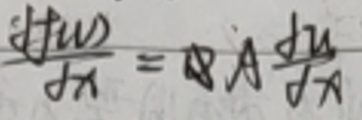
$\frac{\partial f(u,v)}{\partial x} = A\frac{\partial u}{\partial x}$